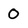
Character: 0